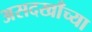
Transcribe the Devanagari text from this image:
असदखाँच्या